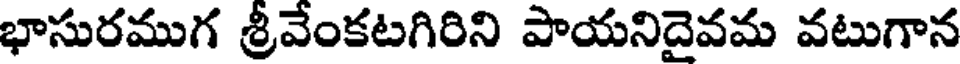
భాసురముగ శ్రీవేంకటగిరిని పాయనిదైవమ వటుగాన